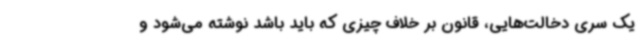
یک سری دخالت‌هایی، قانون بر خلاف چیزی که باید باشد نوشته می‌شود و